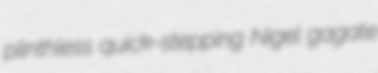
plinthless quick-stepping Nigel gagate